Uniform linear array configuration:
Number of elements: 48
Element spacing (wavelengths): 0.75
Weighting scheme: uniform
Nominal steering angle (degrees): -45
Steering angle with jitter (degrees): -45.627
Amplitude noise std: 0.05
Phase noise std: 0.05

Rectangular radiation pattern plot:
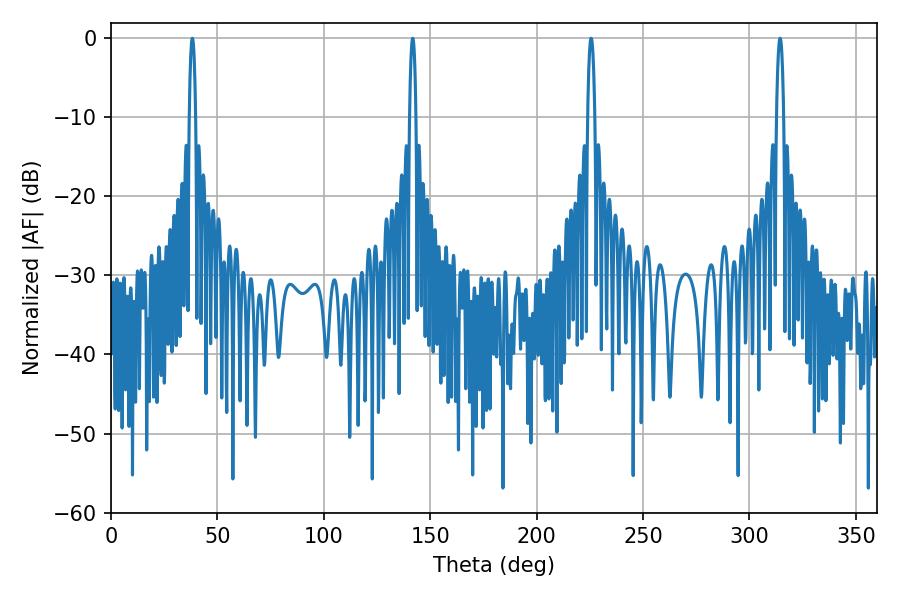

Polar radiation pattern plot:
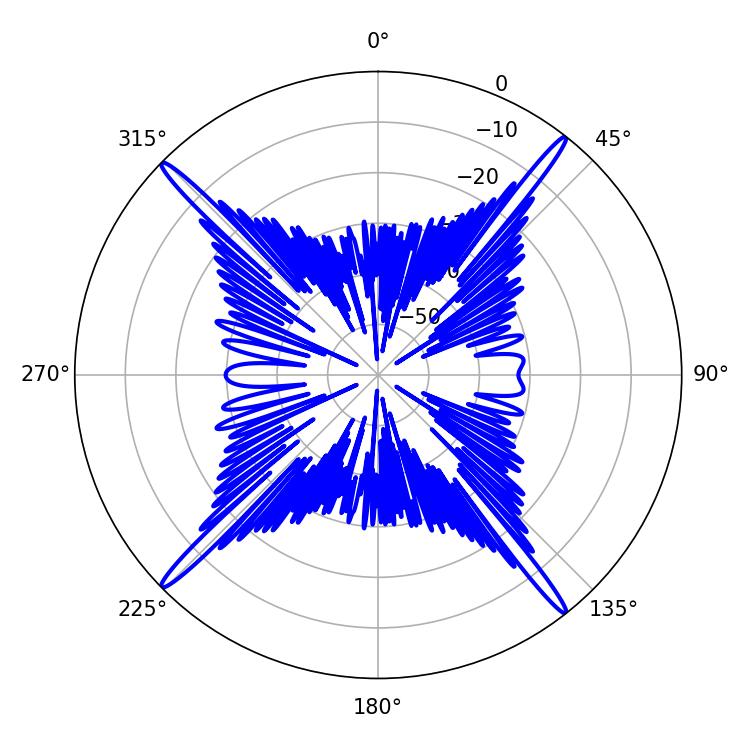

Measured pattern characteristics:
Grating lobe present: TRUE
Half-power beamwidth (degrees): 1.98
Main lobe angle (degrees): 225.54